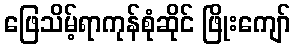
ဖြေသိမ့်ရာကုန်စုံဆိုင် ဖြိုးကျော်